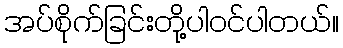
အပ်စိုက်ခြင်းတို့ပါဝင်ပါတယ်။